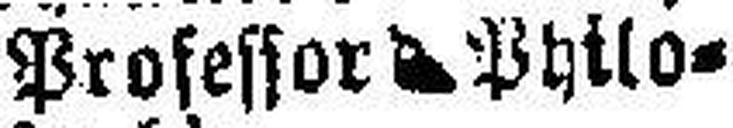
Professor Philo¬